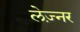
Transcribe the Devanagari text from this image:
लेज़्नर